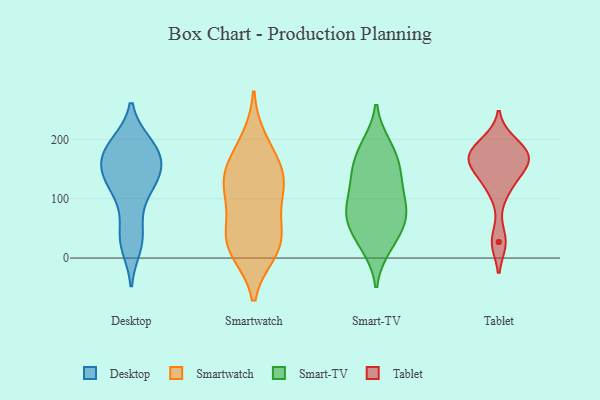
{"axis": {"x": "Humidity (%)", "y": "Value"}, "legend": ["Desktop", "Smart-TV", "Smartwatch", "Tablet"], "data": [{"x": "", "y": 163, "type": "Desktop"}, {"x": "", "y": 193, "type": "Desktop"}, {"x": "", "y": 131, "type": "Desktop"}, {"x": "", "y": 20, "type": "Desktop"}, {"x": "", "y": 193, "type": "Desktop"}, {"x": "", "y": 117, "type": "Desktop"}, {"x": "", "y": 77, "type": "Desktop"}, {"x": "", "y": 139, "type": "Desktop"}, {"x": "", "y": 162, "type": "Desktop"}, {"x": "", "y": 33, "type": "Desktop"}, {"x": "", "y": 137, "type": "Desktop"}, {"x": "", "y": 173, "type": "Desktop"}, {"x": "", "y": 125, "type": "Desktop"}, {"x": "", "y": 192, "type": "Desktop"}, {"x": "", "y": 171, "type": "Desktop"}, {"x": "", "y": 32, "type": "Desktop"}, {"x": "", "y": 172, "type": "Smartwatch"}, {"x": "", "y": 199, "type": "Smartwatch"}, {"x": "", "y": 43, "type": "Smartwatch"}, {"x": "", "y": 116, "type": "Smartwatch"}, {"x": "", "y": 18, "type": "Smartwatch"}, {"x": "", "y": 137, "type": "Smartwatch"}, {"x": "", "y": 71, "type": "Smartwatch"}, {"x": "", "y": 112, "type": "Smartwatch"}, {"x": "", "y": 131, "type": "Smartwatch"}, {"x": "", "y": 146, "type": "Smartwatch"}, {"x": "", "y": 10, "type": "Smartwatch"}, {"x": "", "y": 39, "type": "Smartwatch"}, {"x": "", "y": 13, "type": "Smartwatch"}, {"x": "", "y": 190, "type": "Smart-TV"}, {"x": "", "y": 80, "type": "Smart-TV"}, {"x": "", "y": 152, "type": "Smart-TV"}, {"x": "", "y": 82, "type": "Smart-TV"}, {"x": "", "y": 50, "type": "Smart-TV"}, {"x": "", "y": 107, "type": "Smart-TV"}, {"x": "", "y": 57, "type": "Smart-TV"}, {"x": "", "y": 87, "type": "Smart-TV"}, {"x": "", "y": 18, "type": "Smart-TV"}, {"x": "", "y": 146, "type": "Smart-TV"}, {"x": "", "y": 191, "type": "Smart-TV"}, {"x": "", "y": 171, "type": "Smart-TV"}, {"x": "", "y": 20, "type": "Smart-TV"}, {"x": "", "y": 128, "type": "Smart-TV"}, {"x": "", "y": 78, "type": "Smart-TV"}, {"x": "", "y": 52, "type": "Smart-TV"}, {"x": "", "y": 136, "type": "Smart-TV"}, {"x": "", "y": 166, "type": "Tablet"}, {"x": "", "y": 155, "type": "Tablet"}, {"x": "", "y": 192, "type": "Tablet"}, {"x": "", "y": 155, "type": "Tablet"}, {"x": "", "y": 142, "type": "Tablet"}, {"x": "", "y": 177, "type": "Tablet"}, {"x": "", "y": 196, "type": "Tablet"}, {"x": "", "y": 112, "type": "Tablet"}, {"x": "", "y": 27, "type": "Tablet"}, {"x": "", "y": 176, "type": "Tablet"}, {"x": "", "y": 27, "type": "Tablet"}, {"x": "", "y": 174, "type": "Tablet"}, {"x": "", "y": 166, "type": "Tablet"}, {"x": "", "y": 120, "type": "Tablet"}]}